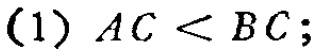
(1) \(AC < BC\);